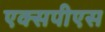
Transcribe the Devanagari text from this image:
एक्सपीएस